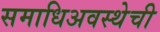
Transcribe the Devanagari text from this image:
समाधिअवस्थेची